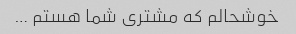
خوشحالم که مشتری شما هستم …